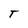
Character: T